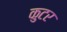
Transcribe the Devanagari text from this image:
कुटर